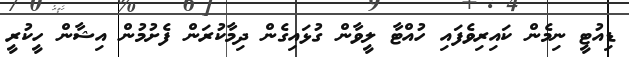
ޑިއުޓީ ނިމެން ކައިރިވެފައި ހުއްޓާ ލީވާން ގުޅައިގެން ދިމާކުރަން ފެށުމުން އިޝާން ހީކުރީ